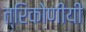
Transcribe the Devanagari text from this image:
त्रिकोणीयी